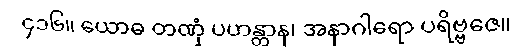
၄၁၆။ ယောဓ တဏှံ ပဟန္တွာန၊ အနာဂါရော ပရိဗ္ဗဇေ။